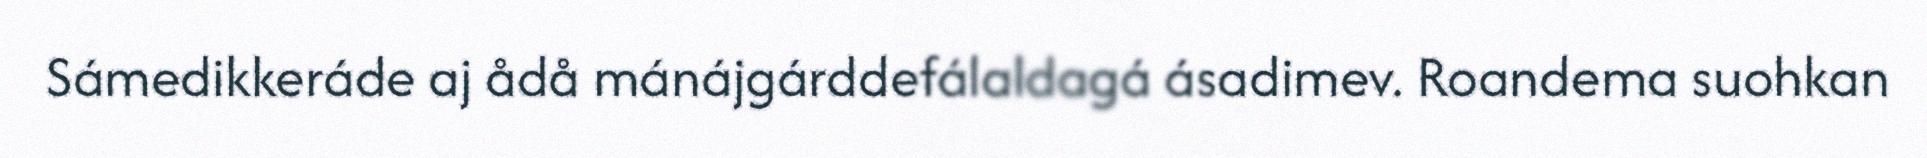
Sámedikkeráde aj ådå mánájgárddefálaldagá ásadimev. Roandema suohkan